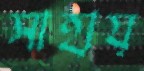
সাহায্